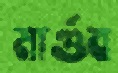
মার্গুব